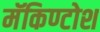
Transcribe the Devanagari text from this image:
मॅकिण्टोश